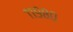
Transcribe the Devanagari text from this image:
११९८०